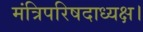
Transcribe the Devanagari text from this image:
मंत्रिपरिषदाध्यक्ष।